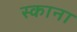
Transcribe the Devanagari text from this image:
स्काना